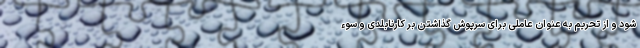
شود و از تحریم به عنوان عاملی برای سرپوش گذاشتن بر کارنابلدی و سوء